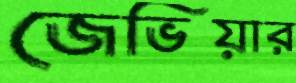
জেভিয়ার